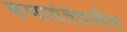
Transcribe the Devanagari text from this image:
कणासंबंधातील